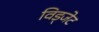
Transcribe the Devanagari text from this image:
विड्जेट